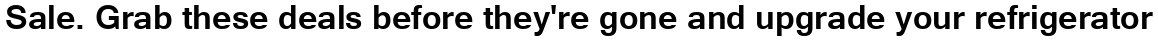
Sale. Grab these deals before they're gone and upgrade your refrigerator